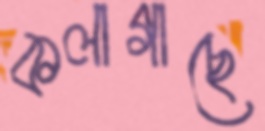
কলাগাছে